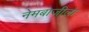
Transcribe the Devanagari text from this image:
नेमबाजीला